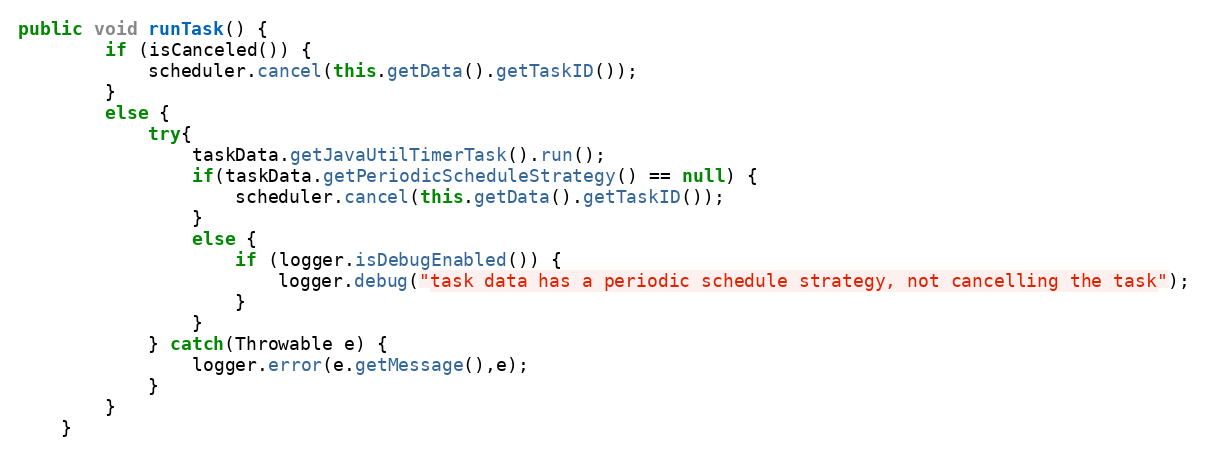
Language: Java
public void runTask() {
		if (isCanceled()) {
			scheduler.cancel(this.getData().getTaskID());
		}
		else {
			try{
				taskData.getJavaUtilTimerTask().run();
				if(taskData.getPeriodicScheduleStrategy() == null) {
					scheduler.cancel(this.getData().getTaskID());
				}
				else {
					if (logger.isDebugEnabled()) {
						logger.debug("task data has a periodic schedule strategy, not cancelling the task");
					}
				}
			} catch(Throwable e) {
				logger.error(e.getMessage(),e);
			}
		}
	}